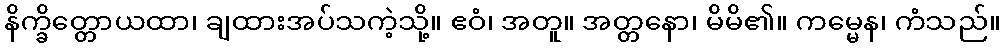
နိက္ခိတ္တောယထာ၊ ချထားအပ်သကဲ့သို့။ ဧဝံ၊ အတူ။ အတ္တနော၊ မိမိ၏။ ကမ္မေန၊ ကံသည်။